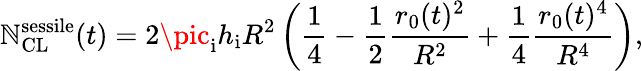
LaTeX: \mathbb{N}_{\mathrm{{CL}}}^{\mathrm{{sessile}}}(t)=2\pic_{\mathrm{{i}}}h_{\mathrm{{i}}}R^{2}\left(\frac{{1}}{{4}}-\frac{{1}}{{2}}\frac{{r_{0}(t)^{2}}}{{R^{2}}}+\frac{{1}}{{4}}\frac{{r_{0}(t)^{4}}}{{R^{4}}}\right),